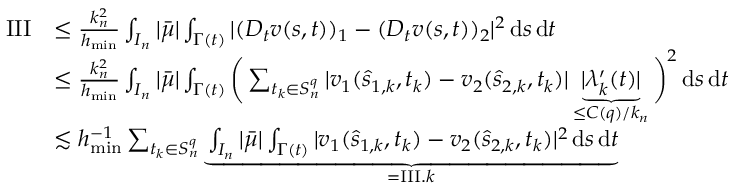
\begin{array} { r l } { \mathrm { I I I } } & { \leq \frac { k _ { n } ^ { 2 } } { h _ { \mathrm { m i n } } } \int _ { I _ { n } } | \bar { \mu } | \int _ { \Gamma ( t ) } | ( D _ { t } v ( s , t ) ) _ { 1 } - ( D _ { t } v ( s , t ) ) _ { 2 } | ^ { 2 } \, \mathrm { d } s \, \mathrm { d } t } \\ & { \leq \frac { k _ { n } ^ { 2 } } { h _ { \mathrm { m i n } } } \int _ { I _ { n } } | \bar { \mu } | \int _ { \Gamma ( t ) } \bigg ( \sum _ { t _ { k } \in S _ { n } ^ { q } } | v _ { 1 } ( \hat { s } _ { 1 , k } , t _ { k } ) - v _ { 2 } ( \hat { s } _ { 2 , k } , t _ { k } ) | \underbrace { | \lambda _ { k } ^ { \prime } ( t ) | } _ { \leq C ( q ) / k _ { n } } \bigg ) ^ { 2 } \, \mathrm { d } s \, \mathrm { d } t } \\ & { \lesssim h _ { \mathrm { m i n } } ^ { - 1 } \sum _ { t _ { k } \in S _ { n } ^ { q } } \underbrace { \int _ { I _ { n } } | \bar { \mu } | \int _ { \Gamma ( t ) } | v _ { 1 } ( \hat { s } _ { 1 , k } , t _ { k } ) - v _ { 2 } ( \hat { s } _ { 2 , k } , t _ { k } ) | ^ { 2 } \, \mathrm { d } s \, \mathrm { d } t } _ { = \mathrm { I I I } . k } } \end{array}